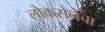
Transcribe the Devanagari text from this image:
लोकसेनेचा